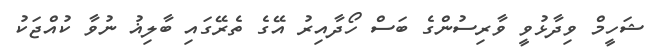
ޝަހީމް ވިދާޅުވީ ވާރިސުންގެ ބަސް ހޯދާއިރު އޭގެ ތެރޭގައި ބާލިޣު ނުވާ ކުއްޖަކު